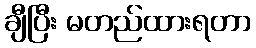
ချီပြီး မတည်ထားရတာ